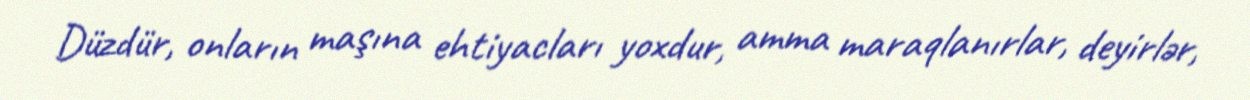
Düzdür, onların maşına ehtiyacları yoxdur, amma maraqlanırlar, deyirlər,